Leaving Certificate, 1901
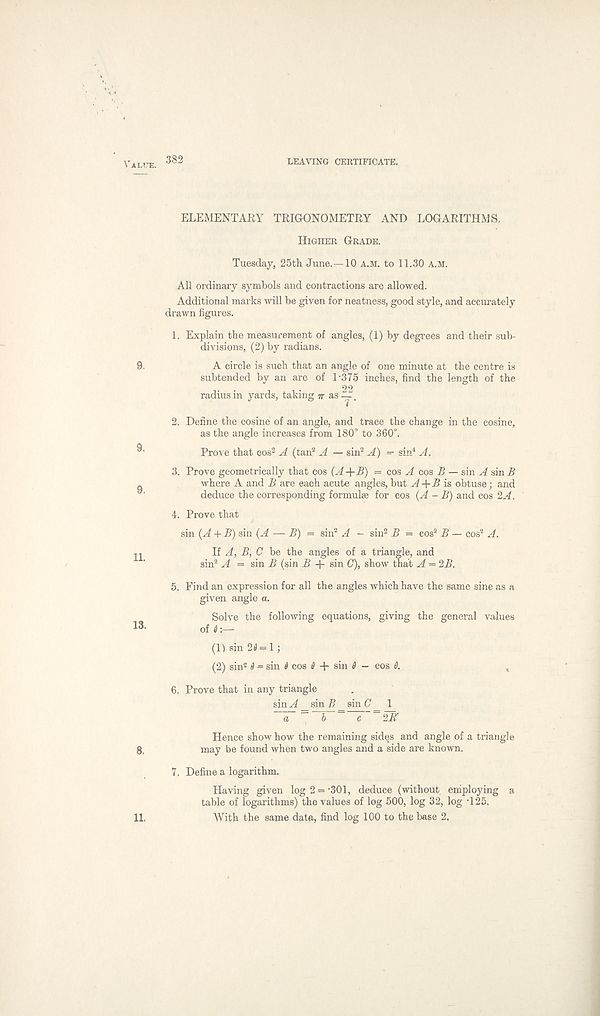
'alue. 382
LEAVING CERTIFICATE.
ELEMENTARY TRIGONOMETRY AND LOGARITHMS.
Higher Grade.
Tuesday, 25th June.—10 A.M. to 11.30 A.M.
All ordinary symbols and contractions are allowed.
Additional marks will be given for neatness, good style, and accurately
drawn figures.
1. Explain the measurement of angles, (1) by degrees and their sub-
divisions, (2) by radians.
9.
A circle is such that an angle of one minute at the centre is
subtended by an arc of 1-375 inches, find the length of the
22
radius in yards, taking tt as-^7.
2. Define the cosine of an angle, and trace the change in the cosine,
as the angle increases from 180° to 360°.
Prove that cos 2 A (tan 2 A — sin 2 A) — sin 4 A,
3. Prove geometrically that cos (A -\-B) = cos A cos B — sin A sin B
_
where A and B are each acute angles, but A+B is obtuse; and
deduce the corresponding formulae for cos (A - B) and cos 2A,
4. Prove that
sin (A + B) sin (A — B) = sin 2 A - sin 2 B = cos 2 B — cos 2 A.
2^
If A, B, C be the angles of a triangle, and
sin 2 A = sin B (sin B + sin C), show that A = 2B.
5. Find an expression for all the angles which have the same sine as a
given angle a.
Solve the following equations, giving the general values
!3.
of t
(1> sin 20 = 1;
(2) sin 2 0 = sin 0 cos 0 + sin 0 - cos 0.
,
6. Prove that in any triangle
sin A _ sin / >’ _ sin C _ 1
a
b c 2R'
Hence show how the remaining sides and angle of a triangle
g,
may be found when two angles and a side are known.
7. Define a logarithm.
Having given log 2 = -301, deduce (without employing a
table of logarithms) the values of log 500, log 32, log -125,
With the same data, find log 100 to the base 2,
11.